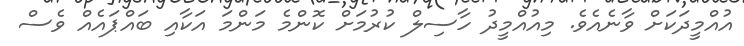
އުއްމީދަކަށް ވާނެއެވެ. މިއުއްމީދު ހާސިލް ކުރުމަށް ކޮންމެ މަންމަ އަކާއި ބައްޕައެއް ވެސް